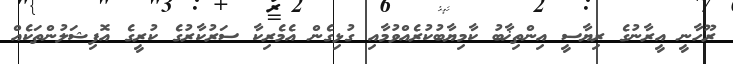
ރޫހާނީ އީރާނުގެ ރިޔާސީ އިންތިޚާބު ކާމިޔާބުކުރެއްވުމާއި ގުޅިގެން އެމެރިކާ ސަރުކާރުގެ ކުރީގެ އޮފިޝަލުންތަކެއް